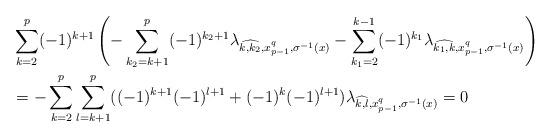
LaTeX: \begin{align*}&\sum_{k=2}^p(-1)^{k+1}\left(-\sum_{k_2=k+1}^p(-1)^{k_2+1}\lambda_{\widehat{k,k_2},x_{p-1}^q,\sigma^{-1}(x)}-\sum_{k_1=2}^{k-1}(-1)^{k_1}\lambda_{\widehat{k_1,k},x_{p-1}^q,\sigma^{-1}(x)}\right)\\&=-\sum_{k=2}^p\sum_{l=k+1}^p ((-1)^{k+1}(-1)^{l+1}+(-1)^k(-1)^{l+1}) \lambda_{\widehat{k,l},x_{p-1}^q,\sigma^{-1}(x)}=0\,\end{align*}